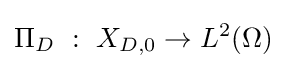
\Pi _{D}~:~X_{D,0}\to L^{2}(\Omega )